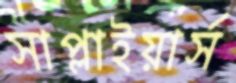
সাপ্লাইয়ার্স